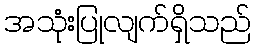
အသုံးပြုလျက်ရှိသည်